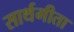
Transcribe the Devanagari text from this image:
सार्थगीता